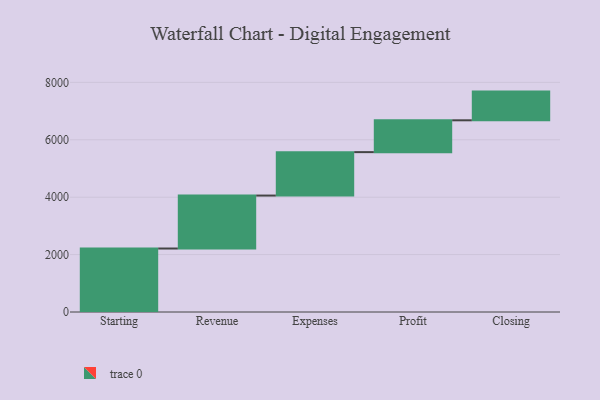
{"axis": {"x": "Step", "y": "Value"}, "legend": [""], "data": [{"x": "Starting", "y": 2212.0, "type": ""}, {"x": "Revenue", "y": 1845.0, "type": ""}, {"x": "Expenses", "y": 1513.0, "type": ""}, {"x": "Profit", "y": 1109.0, "type": ""}, {"x": "Closing", "y": 1000, "type": ""}]}